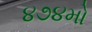
૪૭૪મો